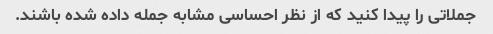
جملاتی را پیدا کنید که از نظر احساسی مشابه جمله داده شده باشند.